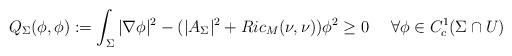
LaTeX: \begin{align*} Q_{\Sigma}(\phi, \phi):=\int_{\Sigma} |\nabla \phi|^2 - (|A_{\Sigma}|^2 + Ric_M(\nu, \nu))\phi^2 \geq 0\ \ \ \ \forall \phi\in C^1_c(\Sigma \cap U) \end{align*}